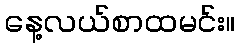
နေ့လယ်စာထမင်း။